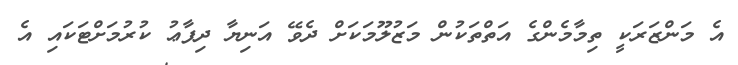
އެ މަންޒަރަކީ ތިމާމެންގެ އަތްތަކުން މަޒުލޫމަކަށް ދެވޭ އަނިޔާ ދިފާޢު ކުރުމަށްޓަކައި އެ